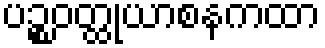
ပဉ္စဝတ္ထုယာစနကထာ